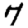
Digit: 7